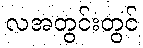
လအတွင်းတွင်